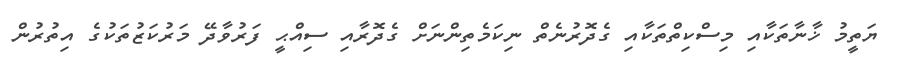
ޔަތީމު ޚާނާތަކާއި މިސްކިތްތަކާއި ގެދޮރުނެތް ނިކަމެތިންނަށް ގެދޮރާއި ސިއްޙީ ފަރުވާދޭ މަރުކަޒުތަކުގެ އިތުރުން